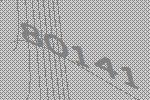
80141